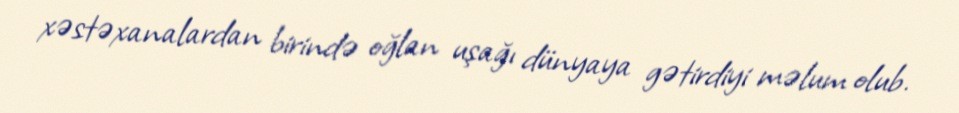
xəstəxanalardan birində oğlan uşağı dünyaya gətirdiyi məlum olub.